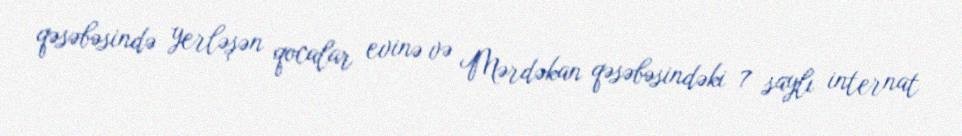
qəsəbəsində yerləşən qocalar evinə və Mərdəkan qəsəbəsindəki 7 saylı internat